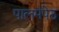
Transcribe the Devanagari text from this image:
पालमपेठ